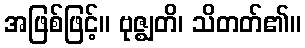
အဖြစ်ဖြင့်။ ဗုဇ္ဈတိ၊ သိတတ်၏။